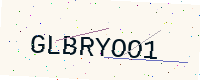
Text: GLBRYOO1